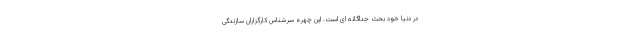
در دنیا خود بحث جداگانه ای است. این چهره سرشناس کارگزاران سازندگی